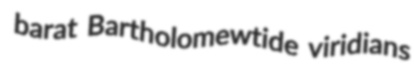
barat Bartholomewtide viridians